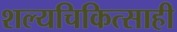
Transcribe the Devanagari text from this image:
शल्यचिकित्साही